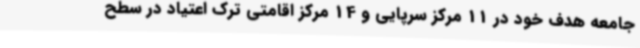
جامعه هدف خود در 11 مرکز سرپایی و 14 مرکز اقامتی ترک اعتیاد در سطح